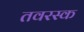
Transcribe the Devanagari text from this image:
तवरस्क